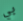
بي